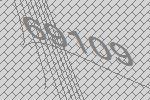
69109